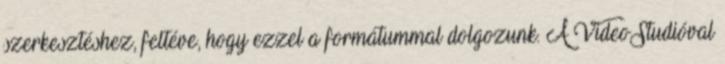
szerkesztéshez, feltéve, hogy ezzel a formátummal dolgozunk. A VideoStudióval